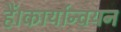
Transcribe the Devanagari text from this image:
हैं।कार्यान्वयन